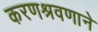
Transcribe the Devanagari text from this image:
करणश्रवणाने